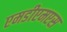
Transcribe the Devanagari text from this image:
एमडीएमएस